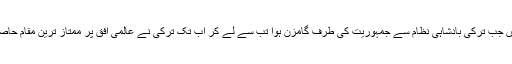
1923 میں جب ترکی بادشاہی نظام سے جمہوریت کی طرف گامزن ہوا تب سے لے کر اب تک ترکی نے عالمی افق پر ممتاز ترین مقام حاصل کیا ہے۔